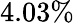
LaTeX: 4.03\%